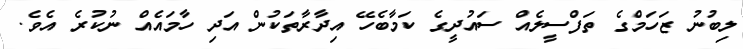
ލިބުނު ޒަހަމްގެ ތަފްސީލެއް ސައުދީގެ ކަމާބެހޭ އިދާރާތަކުން އަދި ހާމައެއް ނުކުރެ އެވެ.